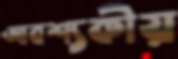
আবশ্যকীয়